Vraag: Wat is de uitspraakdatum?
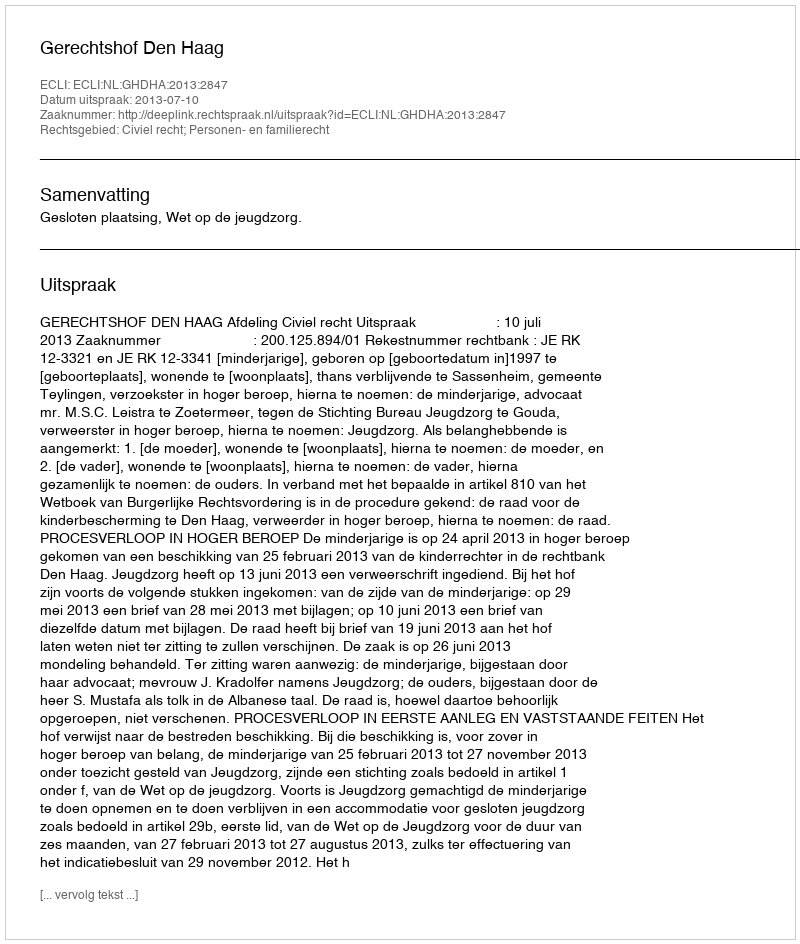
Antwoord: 2013-07-10